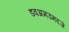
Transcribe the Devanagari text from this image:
डवअमउमदजे